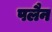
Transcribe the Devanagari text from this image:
पलैन